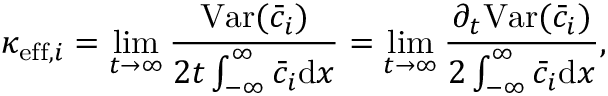
\kappa _ { \mathrm { e f f } , i } = \operatorname* { l i m } _ { t \rightarrow \infty } \frac { \mathrm { V a r } ( \bar { c } _ { i } ) } { 2 t \int _ { - \infty } ^ { \infty } \bar { c } _ { i } \mathrm { d } x } = \operatorname* { l i m } _ { t \rightarrow \infty } \frac { \partial _ { t } \mathrm { V a r } ( \bar { c } _ { i } ) } { 2 \int _ { - \infty } ^ { \infty } \bar { c } _ { i } \mathrm { d } x } ,